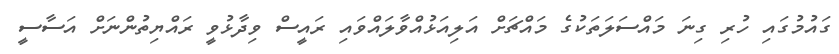
ގައުމުގައި ހުރި ގިނަ މައްސަލަތަކުގެ މައްޗަށް އަލިއަޅުއްވާލައްވައި ރައީސް ވިދާޅުވީ ރައްޔިތުންނަށް އަސާސީ